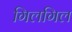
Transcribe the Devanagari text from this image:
गिलगिल